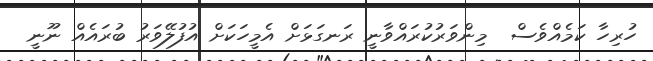
ހުރިހާ ކަމެއްވެސް  މިންވަރުކުރައްވާނީ ރަނގަޅަށް އެމީހަކަށް އުފުލޭވަރު ބުރައެއް ނޫނީ